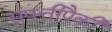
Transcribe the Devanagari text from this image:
संपत्तीपैकी